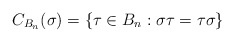
\begin{align*}C_{B_n}(\sigma) = \{\tau \in B_n : \sigma \tau = \tau \sigma\}\end{align*}